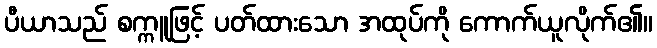
ပီယာသည် စက္ကူဖြင့် ပတ်ထားသော အထုပ်ကို ကောက်ယူလိုက်၏။